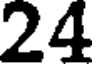
24